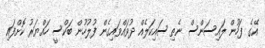
އޭގެ ފަހުން ލައިސަންސް ނެތި ސައިކަލެއް ދުވައްވައިގެން ފުލުހުން ބަކްސީ ހައްޔަރު ކޮށްފައި